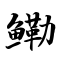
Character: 鳓